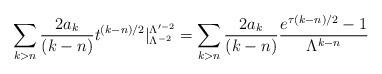
LaTeX: \begin{align*} \sum_{k > n} \frac{2a_k}{(k-n)}t^{(k-n)/2}|_{\Lambda^{-2}}^{\Lambda'^{-2}} = \sum_{ k > n} \frac{2a_k}{(k-n)}\frac{e^{\tau(k-n)/2}- 1}{\Lambda^{k-n}} \end{align*}